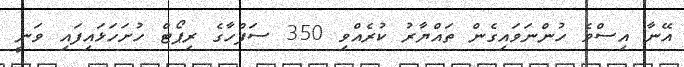
އޭނާ އިސްވެ ހުންނަވައިގެން ތައްޔާރު ކުރެއްވި 350 ސަފްހާގެ ރިޕޯޓް ހުށަހަޅައިފައި ވަނީ